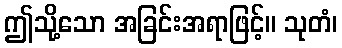
ဤသို့သော အခြင်းအရာဖြင့်။ သုတံ၊